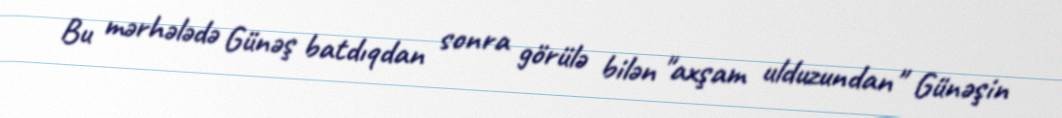
Bu mərhələdə Günəş batdıqdan sonra görülə bilən "axşam ulduzundan" Günəşin